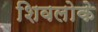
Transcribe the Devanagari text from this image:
शिवलोके